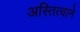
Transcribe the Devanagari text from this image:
अस्तित्वाने